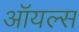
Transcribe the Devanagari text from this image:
ऑयल्स